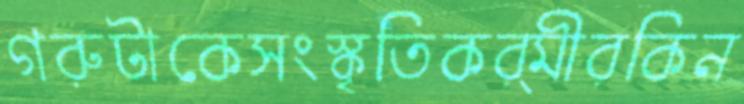
গরুটাকেসংস্কৃতিকর্মীরকিন